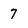
Character: 7